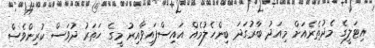
އިޓަލީގެ މެދުތެރެއަށް މިއަދު ބާރުގަދަ ބިންހެލުމެއް އައިސްފައިވާއިރު މީގެ ހަތަރު ދުވަސް ކުރިންވެސް